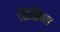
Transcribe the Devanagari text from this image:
सिक़्विल